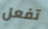
تفعل